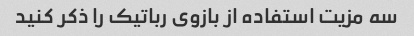
سه مزیت استفاده از بازوی رباتیک را ذکر کنید